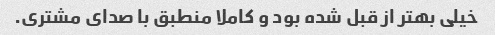
خیلی بهتر از قبل شده بود و کاملا منطبق با صدای مشتری.